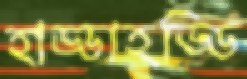
হাড্ডাহড্ডি